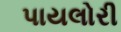
પાયલોરી